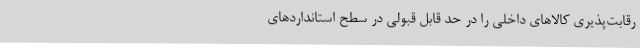
رقابت‌پذیری کالاهای داخلی را در حد قابل قبولی در سطح استانداردهای